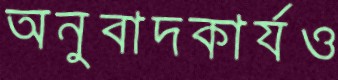
অনুবাদকার্যও